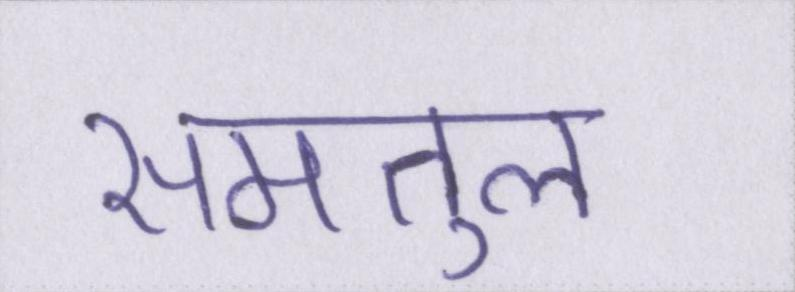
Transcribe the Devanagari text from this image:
समतुल